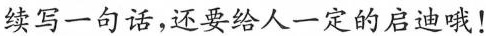
续写一句话，还要给人一定的启迪哦！